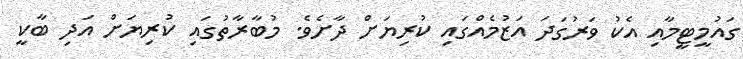
ގައުމީޓީމާއި އެކު ވަރުގަދަ އަޒުމެއްގައި ކުރިޔަށް ދާށެވެ. މުބާރާތުގައި ކުރިޔަށް އަދި ބާކީ